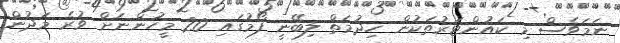
ނަމަވެސް މި ކައުންޓަރުތަކުން ހިދުމަތް ލިބޭނީ ފޯމުގައި 20 މީހުންނަށް ވުރެ މަދުން